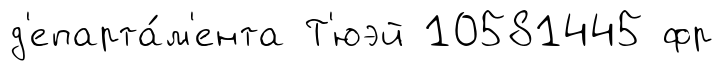
д'епарта́м'ента Т'юэй 10581445 фр